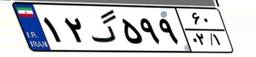
۳۲گ۰۰۳۹۷